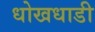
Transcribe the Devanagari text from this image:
धोखधाडी